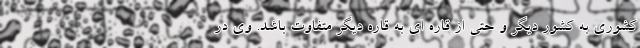
کشوری به کشور دیگر و حتی از قاره ای به قاره دیگر متفاوت باشد. وی در